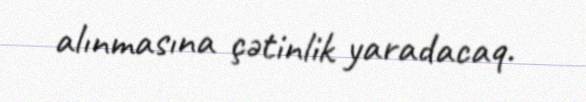
alınmasına çətinlik yaradacaq.